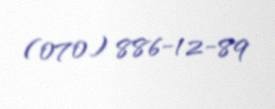
(070) 886-12-89